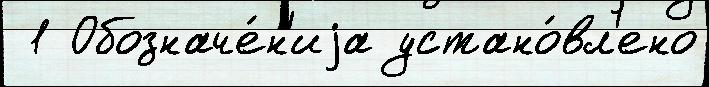
 1 Обозначе́н'иjа устано́вл'ено